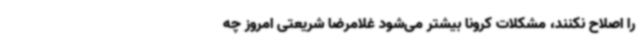
را اصلاح نکنند، مشکلات کرونا بیشتر می‌شود غلامرضا شریعتی امروز چه